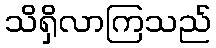
သိရှိလာကြသည်